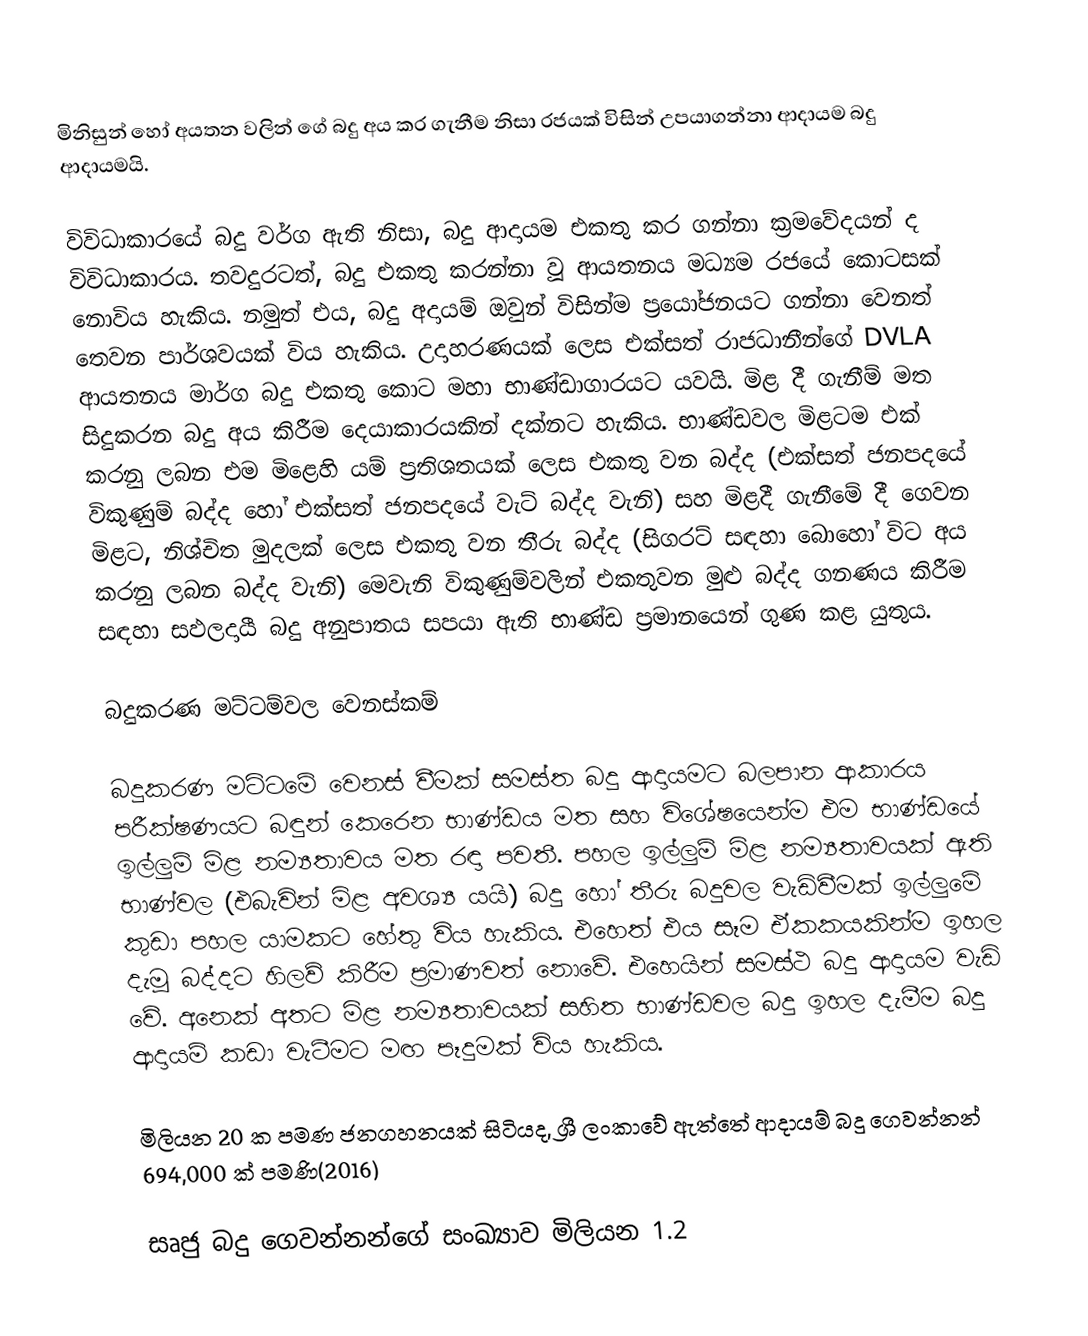
මිනිසුන් හෝ අයතන වලින් ගේ බදු අය කර ගැනීම නිසා රජයක් විසින්  උපයාගන්නා ආදායම බදු ආදායමයි.

විවිධාකාරයේ බදු වර්ග ඇති නිසා, බදු ආදායම  එකතු කර ගන්නා ක්‍රමවේදයන් ද විවිධාකාරය.  තවදුරටත්, බදු එකතු කරන්නා වූ ආයතනය මධ්‍යම රජයේ කොටසක් නොවිය හැකිය. නමුත් එය, බදු අදායම් ඔවුන් විසින්ම ප්‍රයෝජනයට ගන්නා වෙනත් තෙවන පාර්ශවයක් විය හැකිය. උදාහරණයක් ලෙස එක්සත් රාජධානීන්ගේ DVLA ආයතනය මාර්ග බදු එකතු කොට මහා භාණ්ඩාගාරයට යවයි. මිළ දී ගැනීම් මත සිදුකරන බදු අය කිරීම දෙයාකාරයකින් දක්නට හැකිය. භාණ්ඩවල මිළටම එක් කරනු ලබන එම මිළෙහි යම් ප්‍රතිශතයක් ලෙස එකතු වන බද්ද (එක්සත් ජනපදයේ විකුණුම් බද්ද හෝ එක්සත් ජනපදයේ වැට් බද්ද වැනි) සහ මිළදී ගැනීමේ දී ගෙවන මිළට, නිශ්චිත මුදලක් ලෙස එකතු වන තීරු බද්ද (සිගරට් සඳහා බොහෝ විට අය කරනු ලබන බද්ද වැනි) මෙවැනි විකුණුම්වලින් එකතුවන මුළු බද්ද ගනණය කිරීම සඳහා සඵලදායී බදු අනුපාතය සපයා ඇති භාණ්ඩ ප්‍රමානයෙන් ගුණ කළ යුතුය.

බදුකරණ මට්ටම්වල වෙනස්කම්

බදුකරණ මට්ටමේ වෙනස් වීමක් සමස්ත බදු ආදායමට බලපාන ආකාරය පරීක්ෂණයට බඳුන් කෙරෙන භාණ්ඩය මත සහ විශේෂයෙන්ම එම භාණ්ඩයේ ඉල්ලුම් මිළ නම්‍යතාවය මත රඳා පවතී. පහල ඉල්ලුම් මිළ නම්‍යතාවයක් ඇති භාණ්වල (එබැවින් මිළ අවශ්‍ය යයි) බදු හෝ තීරු බදුවල වැඩිවීමක් ඉල්ලුමේ කුඩා පහල යාමකට හේතු විය හැකිය. එහෙත් එය සෑම ඒකකයකින්ම ඉහල දැමූ බද්දට හිලව් කිරීම ප්‍රමාණවත් නොවේ. එහෙයින් සමස්ථ බදු ආදායම වැඩි වේ. අනෙක් අතට මිළ නම්‍යතාවයක් සහිත භාණ්ඩවල බදු ඉහල දැමීම බදු ආදායම් කඩා වැටීමට මඟ පෑදුමක් විය හැකිය.

මිලියන 20 ක පමණ ජනගහනයක් සිටියද, ශ්‍රී ලංකාවේ ඇත්තේ ආදායම් බදු ගෙවන්නන් 694,000 ක් පමණි(2016)

සෘජු බදු ගෙවන්නන්ගේ සංඛ්‍යාව මිලියන 1.2